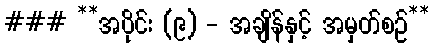
### **အပိုင်း (၉) - အချိန်နှင့် အမှတ်စဉ်**